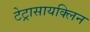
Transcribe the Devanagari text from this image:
टेट्रासायक्लिन